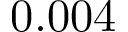
0 . 0 0 4